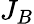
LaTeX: J_{B}